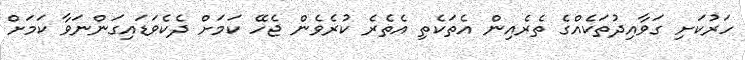
ހަރުކަށި ގަވާއިދުތަކެއްގެ ތެރެއިން އެތަކެތި އެތެރެ ކުރެވެން ޖެހޭ ކަމަށް ދެކެވަޑައިގަންނަވާ ކަމަށް